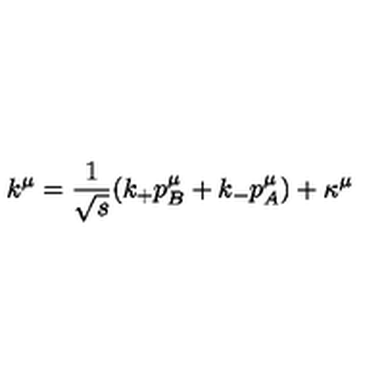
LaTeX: k ^ { \mu } = { \frac { 1 } { \sqrt s } } ( k _ { + } p _ { B } ^ { \mu } + k _ { - } p _ { A } ^ { \mu } ) + \kappa ^ { \mu }